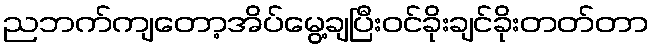
ညဘက်ကျတော့အိပ်မွေ့ချပြီးဝင်ခိုးချင်ခိုးတတ်တာ